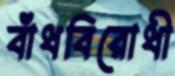
বাঁধবিরোধী